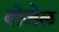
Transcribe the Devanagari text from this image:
बोजेल